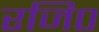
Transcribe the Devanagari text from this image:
रजि०